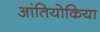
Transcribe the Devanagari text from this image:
आंतियोकिया